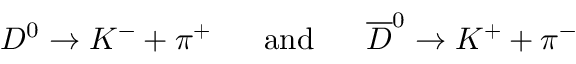
D ^ { 0 } \rightarrow K ^ { - } + \pi ^ { + } \mathrm { ~ ~ ~ ~ ~ a n d ~ ~ ~ ~ ~ } \overline { { { D } } } ^ { 0 } \rightarrow K ^ { + } + \pi ^ { - }